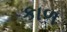
કાળ